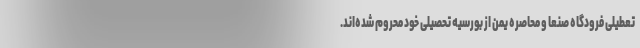
تعطیلی فرودگاه صنعا و محاصره یمن از بورسیه تحصیلی خود محروم شده‌اند.